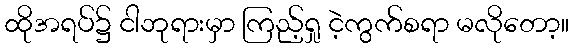
ထိုအရပ်၌ ငါဘုရားမှာ ကြည့်ရှု ငဲ့ကွက်စရာ မလိုတော့။